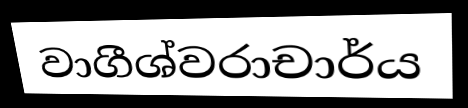
වාගීශ්වරාචාර්ය